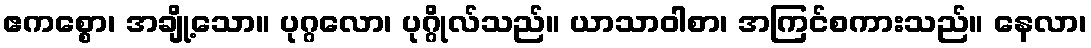
ဧကစ္စော၊ အချို့သော။ ပုဂ္ဂလော၊ ပုဂ္ဂိုလ်သည်။ ယာသာဝါစာ၊ အကြင်စကားသည်။ နေလာ၊